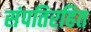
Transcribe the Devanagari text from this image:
संपतिरहित